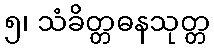
၅၊ သံခိတ္တဓနသုတ္တ